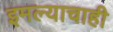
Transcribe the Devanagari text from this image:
इमल्याचाही